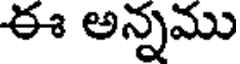
ఈ అన్నము